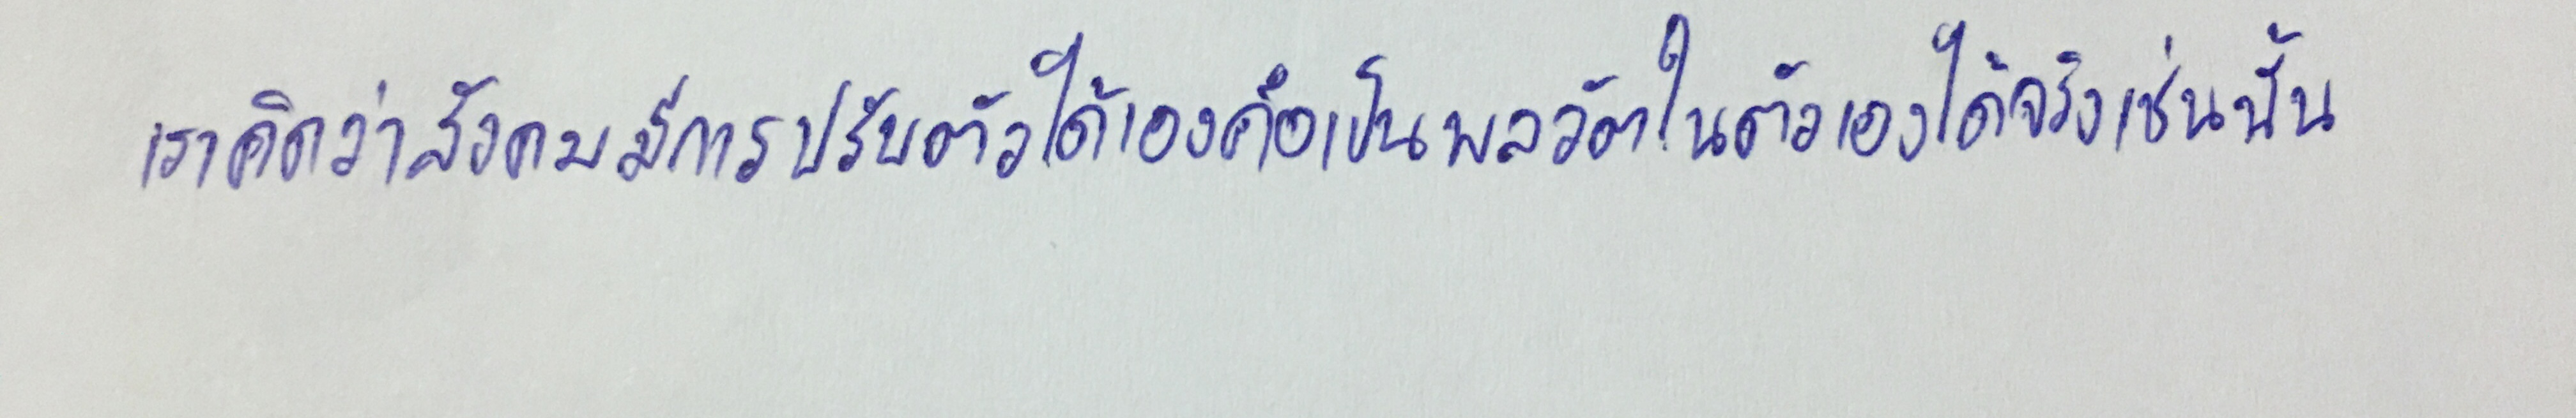
เราคิดว่าสังคมมีการปรับตัวได้เองคือเป็นพลวัตในตัวเองได้จริงเช่นนั้น